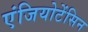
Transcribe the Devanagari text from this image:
एंजियोटेंसिन